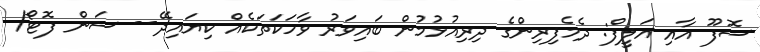
ސޮފޫ އާއި އަލީފް: ދެމެފިރިންގެ ދިރިއުޅުމުން ބައިވަރު ވާހަކަތަކެއް ކިޔައިދޭ-- ސަން ފޮޓޯ/